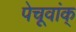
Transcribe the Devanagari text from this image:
पेचूवांक्